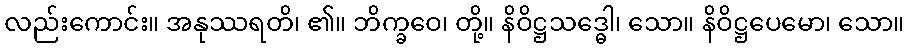
လည်းကောင်း။ အနုဿရတိ၊ ၏။ ဘိက္ခဝေ၊ တို့။ နိဝိဋ္ဌသဒ္ဓေါ၊ သော။ နိဝိဋ္ဌပေမော၊ သော။